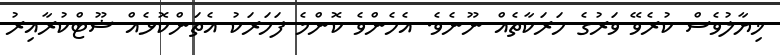
ޚިޔާލުވެސް ކުރެވޭ ވަރުގެ ހަރަކާތެއް ނޫނެވެ. އެހެންވެ ކޮންމެ ފަހަރަކު އެތަންކޮޅެއް ޝޫޓްކުރާއިރު